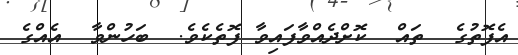
އެފޮތުގެ  ތައް  ކޮށްދެއްވާފައިވާ ފޮތެކެވެ.  ބަހުންވާ  އެއްގެ